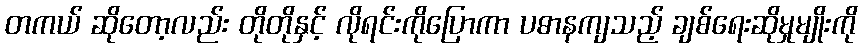
တကယ် ဆိုတော့လည်း တိုတိုနှင့် လိုရင်းကိုပြောကာ ပဓာနကျသည့် ချစ်ရေးဆိုမှုမျိုးကို